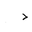
Letter: _dal